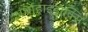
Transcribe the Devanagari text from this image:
अर्थोहाइड्रोक्सि